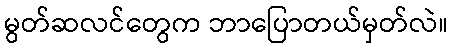
မွတ်ဆလင်တွေက ဘာပြောတယ်မှတ်လဲ။